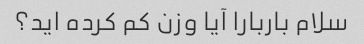
سلام باربارا آیا وزن کم کرده اید؟